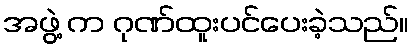
အဖွဲ့ က ဂုဏ်ထူးပင်ပေးခဲ့သည်။